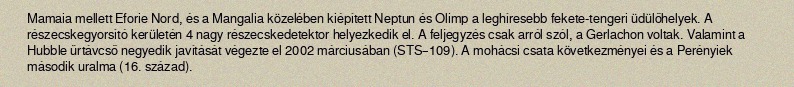
Mamaia mellett Eforie Nord, és a Mangalia közelében kiépített Neptun és Olimp a leghíresebb fekete-tengeri üdülőhelyek. A részecskegyorsító kerületén 4 nagy részecskedetektor helyezkedik el. A feljegyzés csak arról szól, a Gerlachon voltak. Valamint a Hubble űrtávcső negyedik javítását végezte el 2002 márciusában (STS–109). A mohácsi csata következményei és a Perényiek második uralma (16. század).